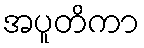
အပူတိကာ